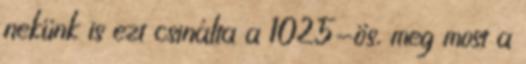
nekünk is ezt csinálta a 1025-ös, meg most a